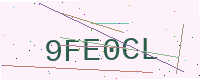
Text: 9FE0CL